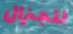
للجنرال